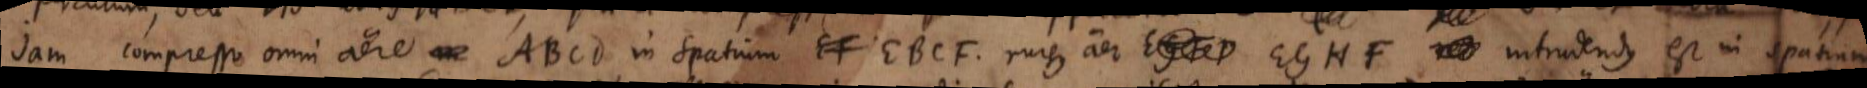
Jam compresso omni aere ABCD in spatium EF EBCF rursus aer EGHF intrudendus est in spatium